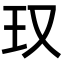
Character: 𪻍